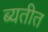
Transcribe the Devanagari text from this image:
ब्यतीत